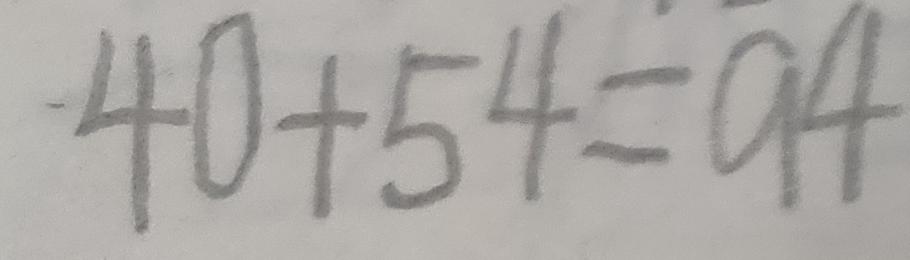
4 0 + 5 4 = 9 4